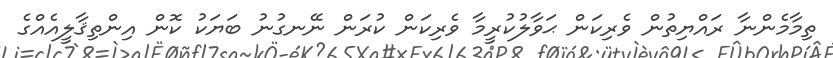
ތިމާމެންނާ ރައްޔިތުން ވެރިކަން ޙަވާލުކުރީމާ ވެރިކަން ކުރަން ނޭނގުނު ބަޔަކު ކޮން އިންތިޤާލީއެއްގެ